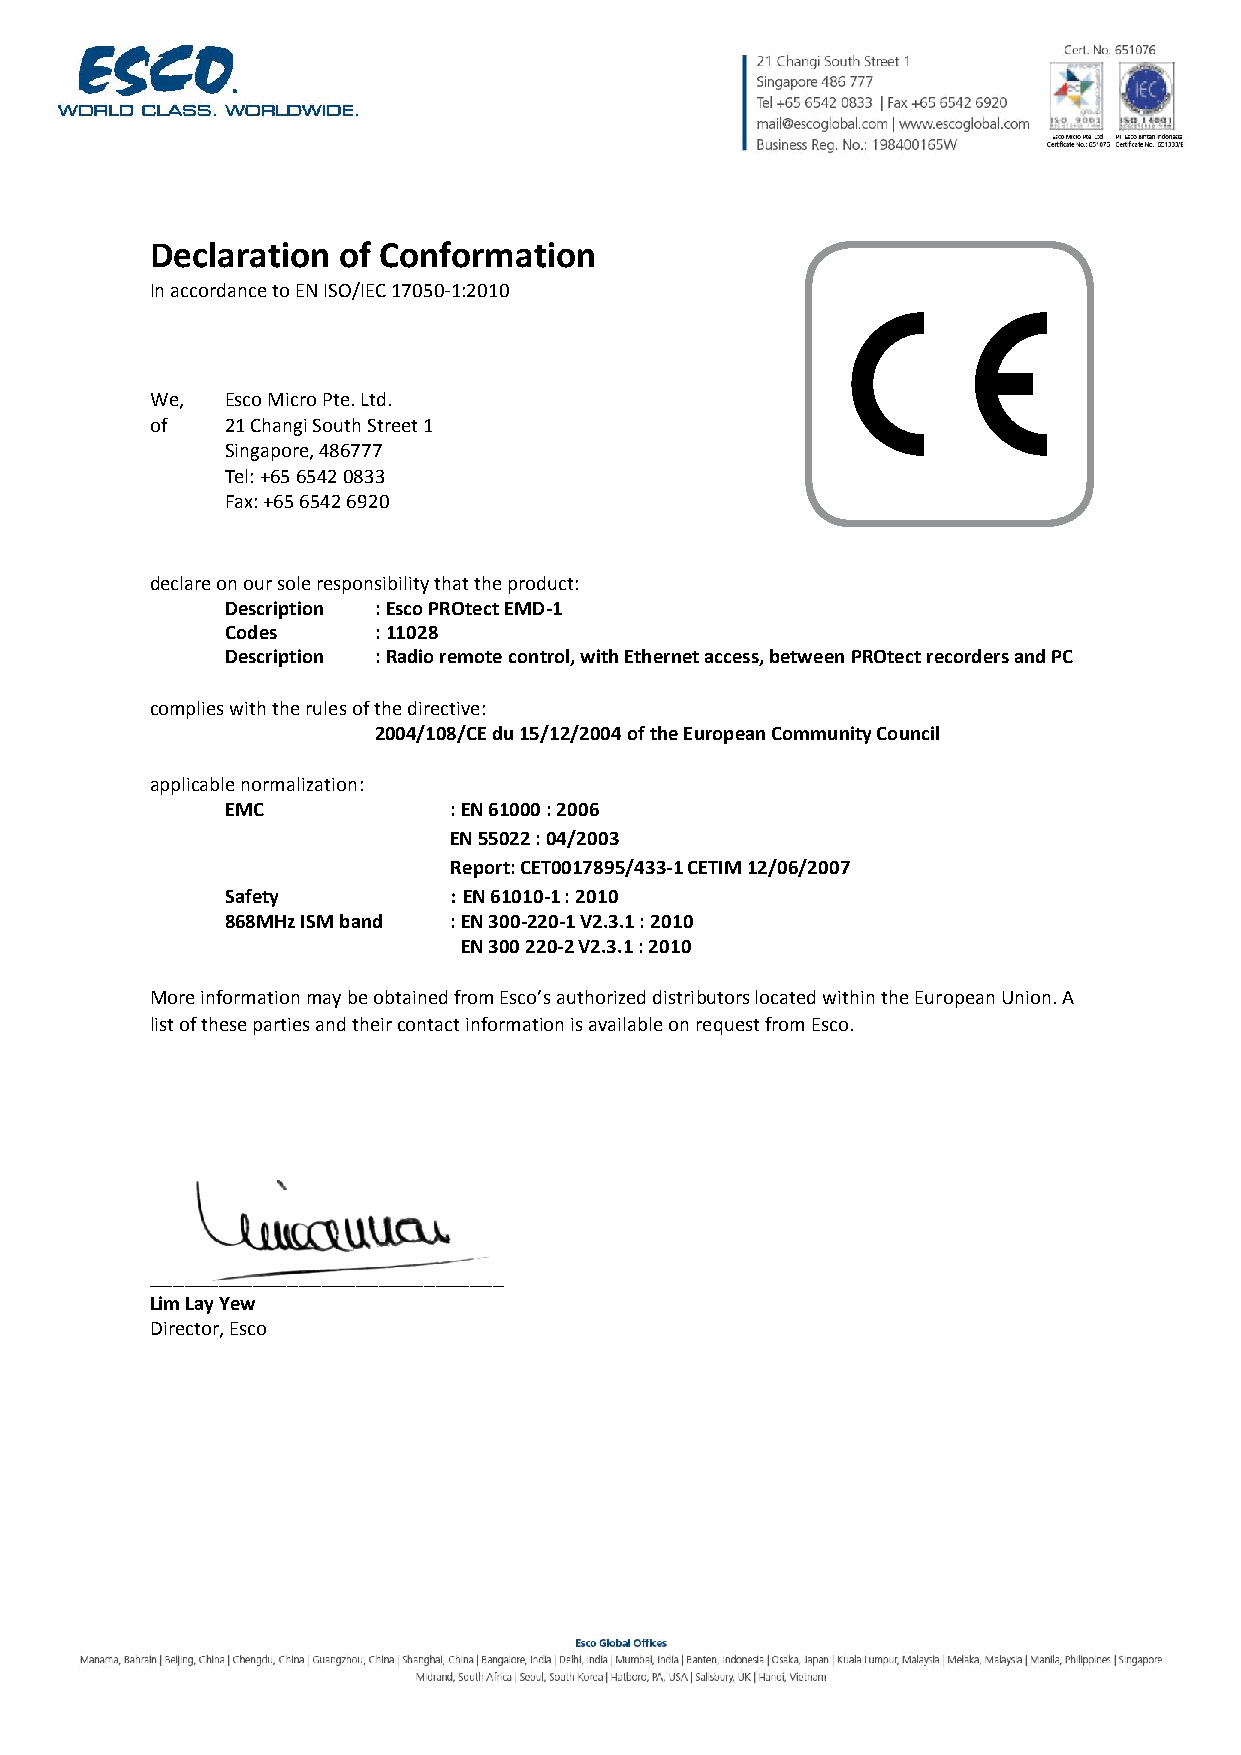
Declaration of Conformation
 In accordance to EN ISO/IEC 17050-1:2010
 We,  Esco Micro Pte. Ltd.
 of   21 Changi South Street 1
 Singapore, 486777
 Tel: +65 6542 0833
 Fax: +65 6542 6920
 declare on our sole responsibility that the product:
 Description : Esco PROtect EMD-1
 Codes     : 11028
 Description : Radio remote control, with Ethernet access, between PROtect recorders and PC
 complies with the rules of the directive:
 2004/108/CE du 15/12/2004 of the European Community Council
 applicable normalization:
 EMC            : EN 61000 : 2006
 EN 55022 : 04/2003
 Report: CET0017895/433-1 CETIM 12/06/2007
 Safety         : EN 61010-1 : 2010
 868MHz ISM band : EN 300-220-1 V2.3.1 : 2010
 EN 300 220-2 V2.3.1 : 2010
 More information may be obtained from Esco’s authorized distributors located within the European Union. A
 list of these parties and their contact information is available on request from Esco.
 _______________________________
 Lim Lay Yew
 Director, Esco